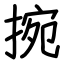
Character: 捥